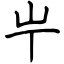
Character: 𡴶